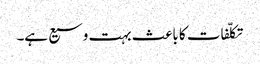
تکلّفات کا باعث بہت وسیع ہے۔